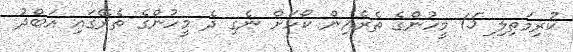
ކުރިމަތިލި 15 މީހުންގެ ތެރެއިން ކޯހަށް ނެގި ދެ މީހުންގެ ތެރޭގައި އަބްދު